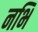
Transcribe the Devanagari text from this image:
नभि